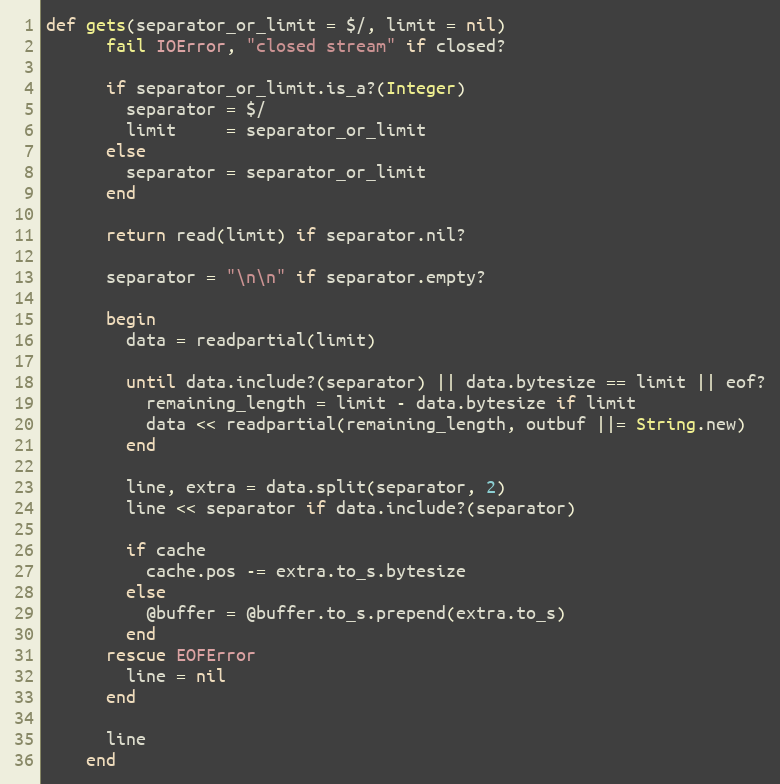
Language: Ruby
def gets(separator_or_limit = $/, limit = nil)
      fail IOError, "closed stream" if closed?

      if separator_or_limit.is_a?(Integer)
        separator = $/
        limit     = separator_or_limit
      else
        separator = separator_or_limit
      end

      return read(limit) if separator.nil?

      separator = "\n\n" if separator.empty?

      begin
        data = readpartial(limit)

        until data.include?(separator) || data.bytesize == limit || eof?
          remaining_length = limit - data.bytesize if limit
          data << readpartial(remaining_length, outbuf ||= String.new)
        end

        line, extra = data.split(separator, 2)
        line << separator if data.include?(separator)

        if cache
          cache.pos -= extra.to_s.bytesize
        else
          @buffer = @buffer.to_s.prepend(extra.to_s)
        end
      rescue EOFError
        line = nil
      end

      line
    end